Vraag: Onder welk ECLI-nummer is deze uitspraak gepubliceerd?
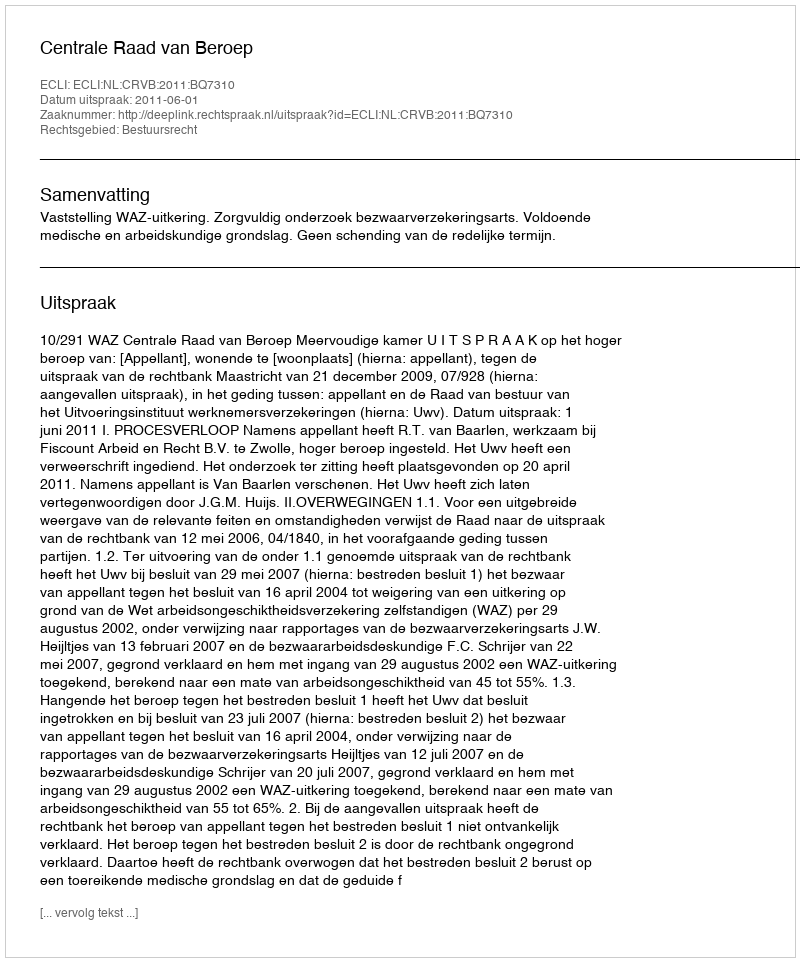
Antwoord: ECLI:NL:CRVB:2011:BQ7310